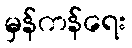
မှန်ကန်ရေး